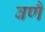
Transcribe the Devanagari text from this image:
बणै